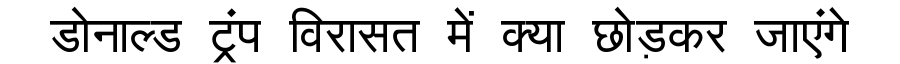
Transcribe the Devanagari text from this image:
डोनाल्ड ट्रंप विरासत में क्या छोड़कर जाएंगे